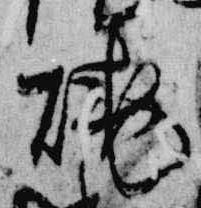
焼